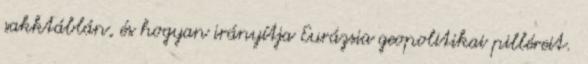
sakktáblán, és hogyan irányítja Eurázsia geopolitikai pilléreit.